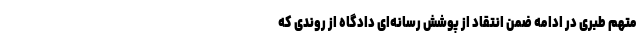
متهم طبری در ادامه ضمن انتقاد از پوشش رسانه‌ای دادگاه از روندی که